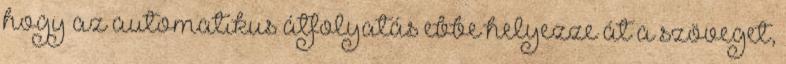
hogy az automatikus átfolyatás ebbe helyezze át a szöveget,